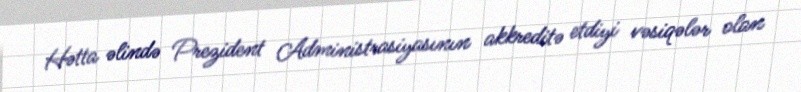
Hətta əlində Prezident Administrasiyasının akkreditə etdiyi vəsiqələr olan